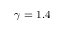
\gamma = 1 . 4